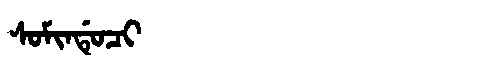
Manchu: ᠰᠣᠮᡳᠨᡩᡠᠴᡳ
Romanization: SOMINDUCI